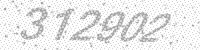
Solution: 312902